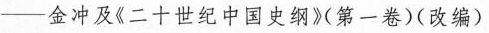
-金冲及《二十世纪中国史纲》第一卷)(改编)